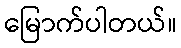
မြောက်ပါတယ်။